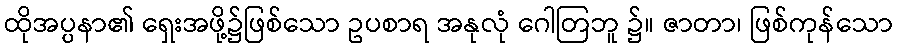
ထိုအပ္ပနာ၏ ရှေးအဖို့၌ဖြစ်သော ဥပစာရ အနုလုံ ဂေါတြဘူ ၌။ ဇာတာ၊ ဖြစ်ကုန်သော